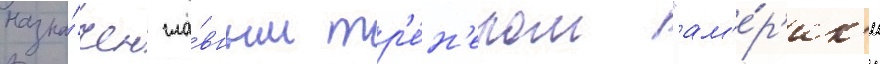
назна́чен гла́вным тр'е́н'ером "ам'е́р'ик'и